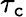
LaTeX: \tau_{\mathtt{c}}